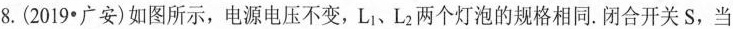
8.(2019 · 广安)如图所示，电源电压不变，L_{1}、L_{2}两个灯泡的规格相同。闭合开关S，当